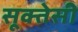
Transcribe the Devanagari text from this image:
सूक्तेसी